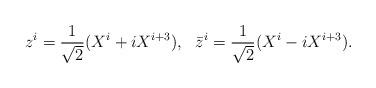
LaTeX: \begin{align*}z^i= \frac{1}{\sqrt{2}} (X^i + i X^{i+3}),~~\bar{z}^i= \frac{1}{\sqrt{2}} (X^i - i X^{i+3}).\end{align*}